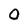
Character: 0